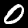
Label: 0